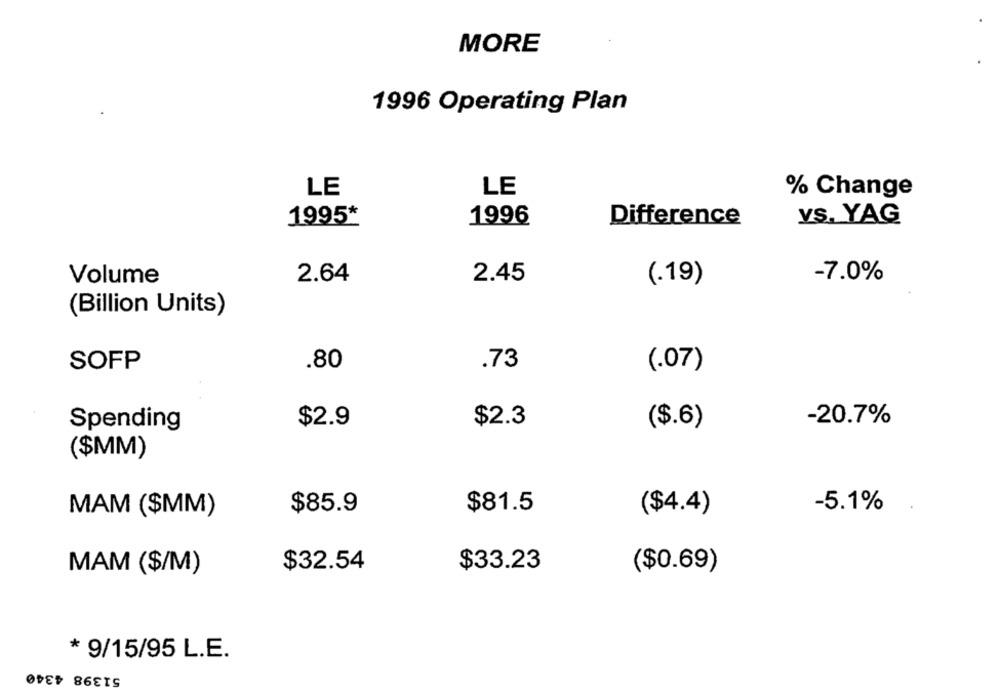
MORE
1996 Operating Plan
LE
LE
% Change
1995*
1996
Difference
VS. YAG
2.64
2.45
Volume
(.19)
-7.0%
(Billion Units)
SOFP
.80
.73
(.07)
$2.9
$2.3
-20.7%
Spending
($.6)
($MM)
MAM ($MM)
$85.9
$81.5
($4.4)
-5.1%
$32.54
$33.23
MAM ($/M)
($0.69)
* 9/15/95 L.E.
51398 4340